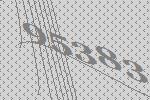
95383